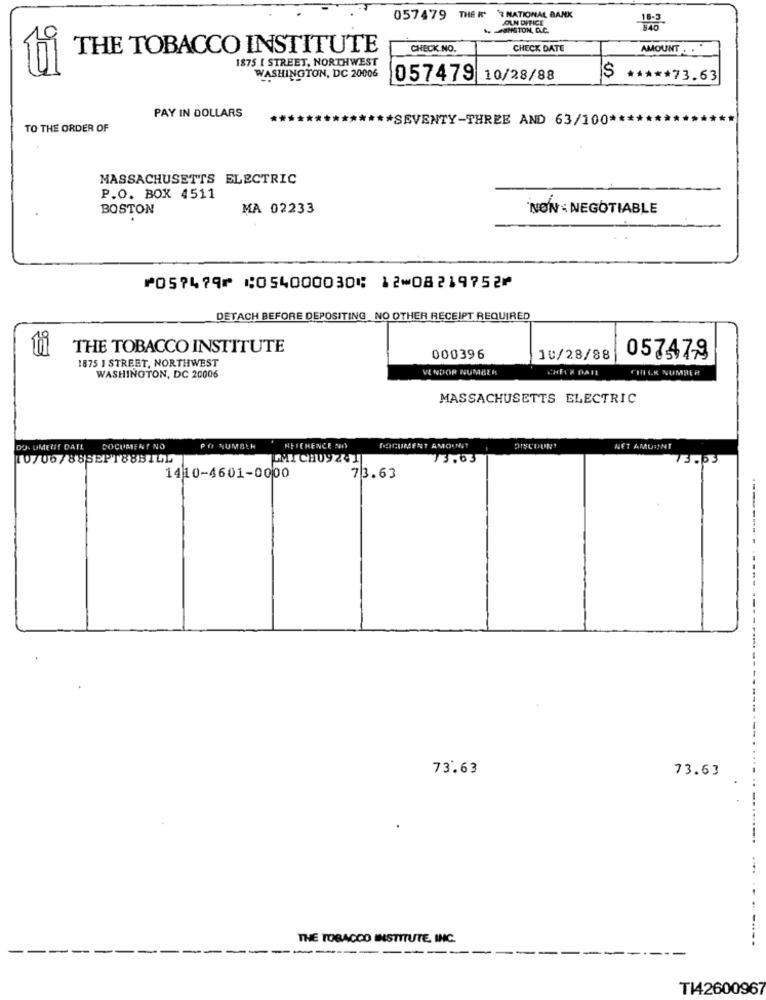
057479 THER
"? NATIONAL BANK
COUN DIFICE
HUNSTON, D.C.
9
THE TOBACCO INSTITUTE
CHECK NO.
CHECK DATE
AMOUNT ..
1875 [ STREET, NORTHWEST
5
WASHINGTON, DC 20006
057479 10/28/88
***** 73.63
PAY IN DOLLARS
*SEVENTY-THREE AND 63/100 ***
TO THE ORDER OF
MASSACHUSETTS ELECTRIC
P.O. BOX 4511
BOSTON
MA 02233
NON- NEGOTIABLE
⑈057479⑈ ⑆054000030⑆ 12⑉08219752⑈
DETACH BEFORE DEPOSITING NO OTHER RECEIPT REQUIRED
ti
THE TOBACCO INSTITUTE
000396
10/28/88
057479
1875 1 STREET, NORTHWEST
VENDOR NUMBER
CHEIX DATE
CHICK NUMBER
WASHINGTON, DC 20006
MASSACHUSETTS ELECTRIC
DO. UMENT DATE
DOCUMENT NO
PO SUMELK
NEICHENCE SUS
DOCUMENT AMOUNT
NET AMURINT
10/06/88SEPT88BILI
-MICH09241
13.03
73.63
1410-4601-0000
73.63
73.63
73.63
THE TOBACCO INSTITUTE, INC.
TI42600967